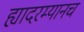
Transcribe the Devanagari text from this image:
ह्यादरम्यानच